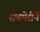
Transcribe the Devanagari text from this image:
सबमेरीनें